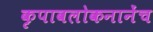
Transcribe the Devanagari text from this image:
कृपावलोकनानेंच